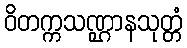
ဝိတက္ကသဏ္ဌာနသုတ္တံ